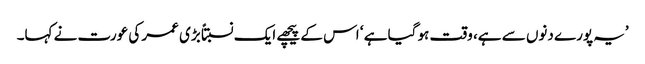
’یہ پورے دنوں سے ہے، وقت ہو گیا ہے ‘ اس کے پیچھے ایک نسبتاً بڑی عمر کی عورت نے کہا۔